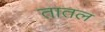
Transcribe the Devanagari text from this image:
तातल